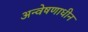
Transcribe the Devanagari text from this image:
अन्वेषणाधीन